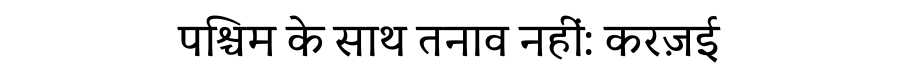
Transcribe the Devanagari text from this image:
पश्चिम के साथ तनाव नहीं: करज़ई